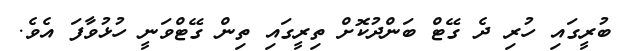
ބުރީގައި ހުރި ދެ ގޭޓް ބަންދުކޮށް ތިރީގައި ތިން ގޭޓްވަނީ ހުޅުވާފަ އެވެ.